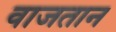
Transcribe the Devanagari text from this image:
वाजतान